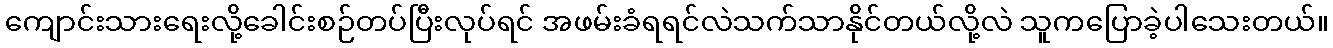
ကျောင်းသားရေးလို့ခေါင်းစဉ်တပ်ပြီးလုပ်ရင် အဖမ်းခံရရင်လဲသက်သာနိုင်တယ်လို့လဲ သူကပြောခဲ့ပါသေးတယ်။